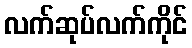
လက်ဆုပ်လက်ကိုင်